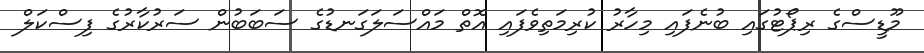
މޫޑީސްގެ ރިޕޯޓުގައި ބުނެފައި މިހާރު ކުރިމަތިވެފައި އޮތް މައްސަލަގަނޑުގެ ސަބަބުން ސަރުކާރުގެ ފިސްކަލް